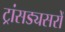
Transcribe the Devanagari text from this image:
ट्रांसड्यसरों